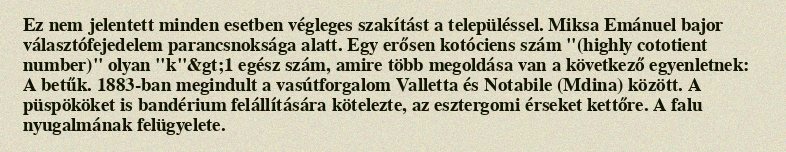
Ez nem jelentett minden esetben végleges szakítást a településsel. Miksa Emánuel bajor választófejedelem parancsnoksága alatt. Egy erősen kotóciens szám "(highly cototient number)" olyan "k"&gt;1 egész szám, amire több megoldása van a következő egyenletnek: A betűk. 1883-ban megindult a vasútforgalom Valletta és Notabile (Mdina) között. A püspököket is bandérium felállítására kötelezte, az esztergomi érseket kettőre. A falu nyugalmának felügyelete.